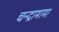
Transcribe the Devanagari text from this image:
चन्द्रामामा